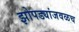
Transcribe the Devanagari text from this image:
झोपड्यांजवळच